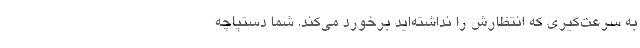
به سرعت‌گیری که انتظارش را نداشته‌اید برخورد می‌کند. شما دستپاچه